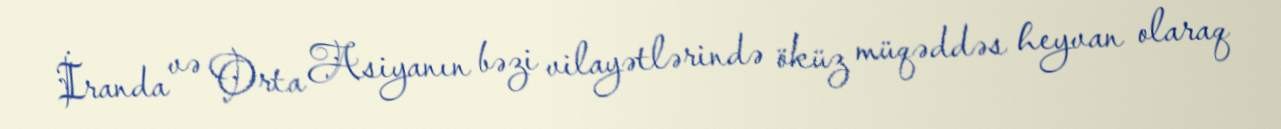
İranda və Orta Asiyanın bəzi vilayətlərində öküz müqəddəs heyvan olaraq